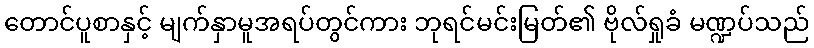
တောင်ပူစာနှင့် မျက်နှာမူအရပ်တွင်ကား ဘုရင်မင်းမြတ်၏ ဗိုလ်ရှုခံ မဏ္ဍပ်သည်